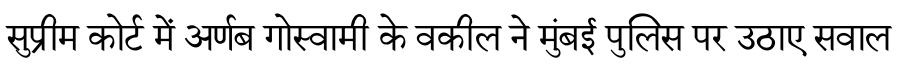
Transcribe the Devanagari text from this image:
सुप्रीम कोर्ट में अर्णब गोस्वामी के वकील ने मुंबई पुलिस पर उठाए सवाल